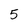
Character: 5